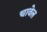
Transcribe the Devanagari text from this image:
चावेल